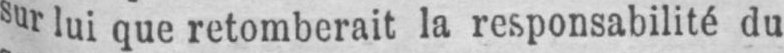
sur lui que retomberait la responsabilité du